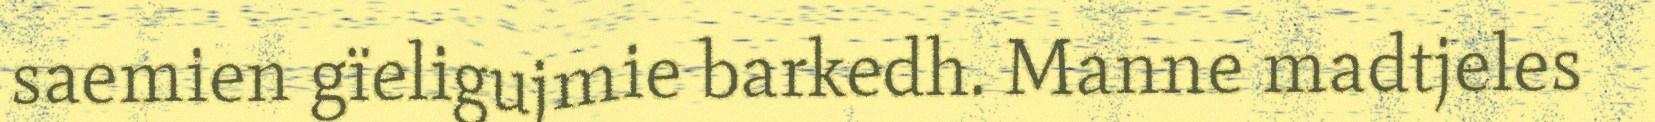
saemien gïeligujmie barkedh. Manne madtjeles